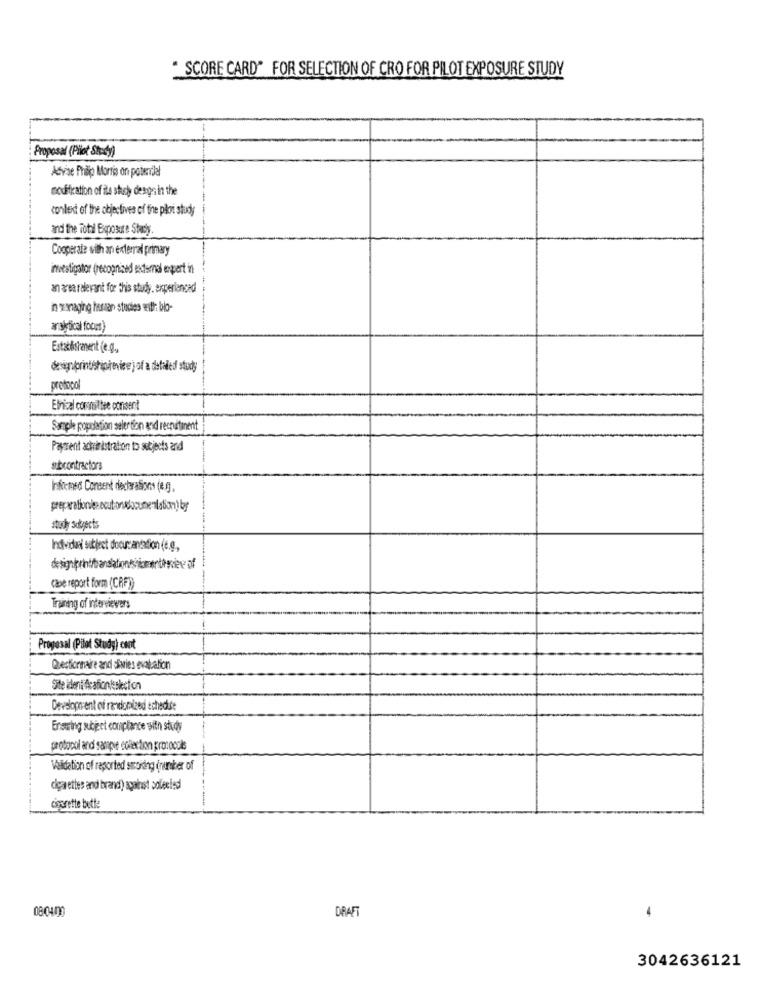
* SCORE CARD" FOR SELECTION OF CRO FOR PILOT EXPOSURE STUDY
Proposal (Pilot Study)
Advise Philip Morris on potendlal
modification of ile sheh designin the
conlest of the objectives of the ploi study
and the Total Exposure Study.
Cooperate with an external primary
investigator (recognized external expert in
an area relevant for this study. experienced
n wynajing tessan studies with blo-
ar alkytical foors)
Estatésianent (e.g .,
designlprintshipireview )of a detailed study
protocol
Ethical committee consent
Sample popolation seler tion and recnitinent
Payment actrinistration to setjeets and
subcontractors
Informed Consent declarations (e.g.
study satyects
Individual subject doourcantation (e.g,
Cape report form (CRF))
Training of interviewers
Proposal (Pilot Study) csot
Questionnaire and divies evaluation
Site ient Acafionkskcích
Developn ent of randomized echeduse
Enæring subject compliance with study
protocol and sample colection protocols
Validation of reported smoking (number of
cigarettes and brand) against solexies!
cigarette bette
08:04/00
DRAFT
3042636121